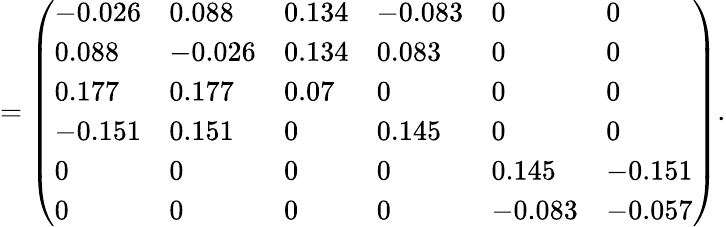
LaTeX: =\left(\begin{array}{llllll}{-0.026}&{0.088}&{0.134}&{-0.083}&{0}&{0}\\ {0.088}&{-0.026}&{0.134}&{0.083}&{0}&{0}\\ {0.177}&{0.177}&{0.07}&{0}&{0}&{0}\\ {-0.151}&{0.151}&{0}&{0.145}&{0}&{0}\\ {0}&{0}&{0}&{0}&{0.145}&{-0.151}\\ {0}&{0}&{0}&{0}&{-0.083}&{-0.057}\end{array}\right).